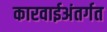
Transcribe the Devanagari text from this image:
कारवाईअंतर्गत